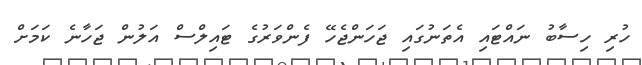
ހުރި ހިސާބު ނައްޓައި އެތަނުގައި ޖަހަންޖެހޭ ފެންވަރުގެ ޓައިލްސް އަލުން ޖަހާނެ ކަމަށް